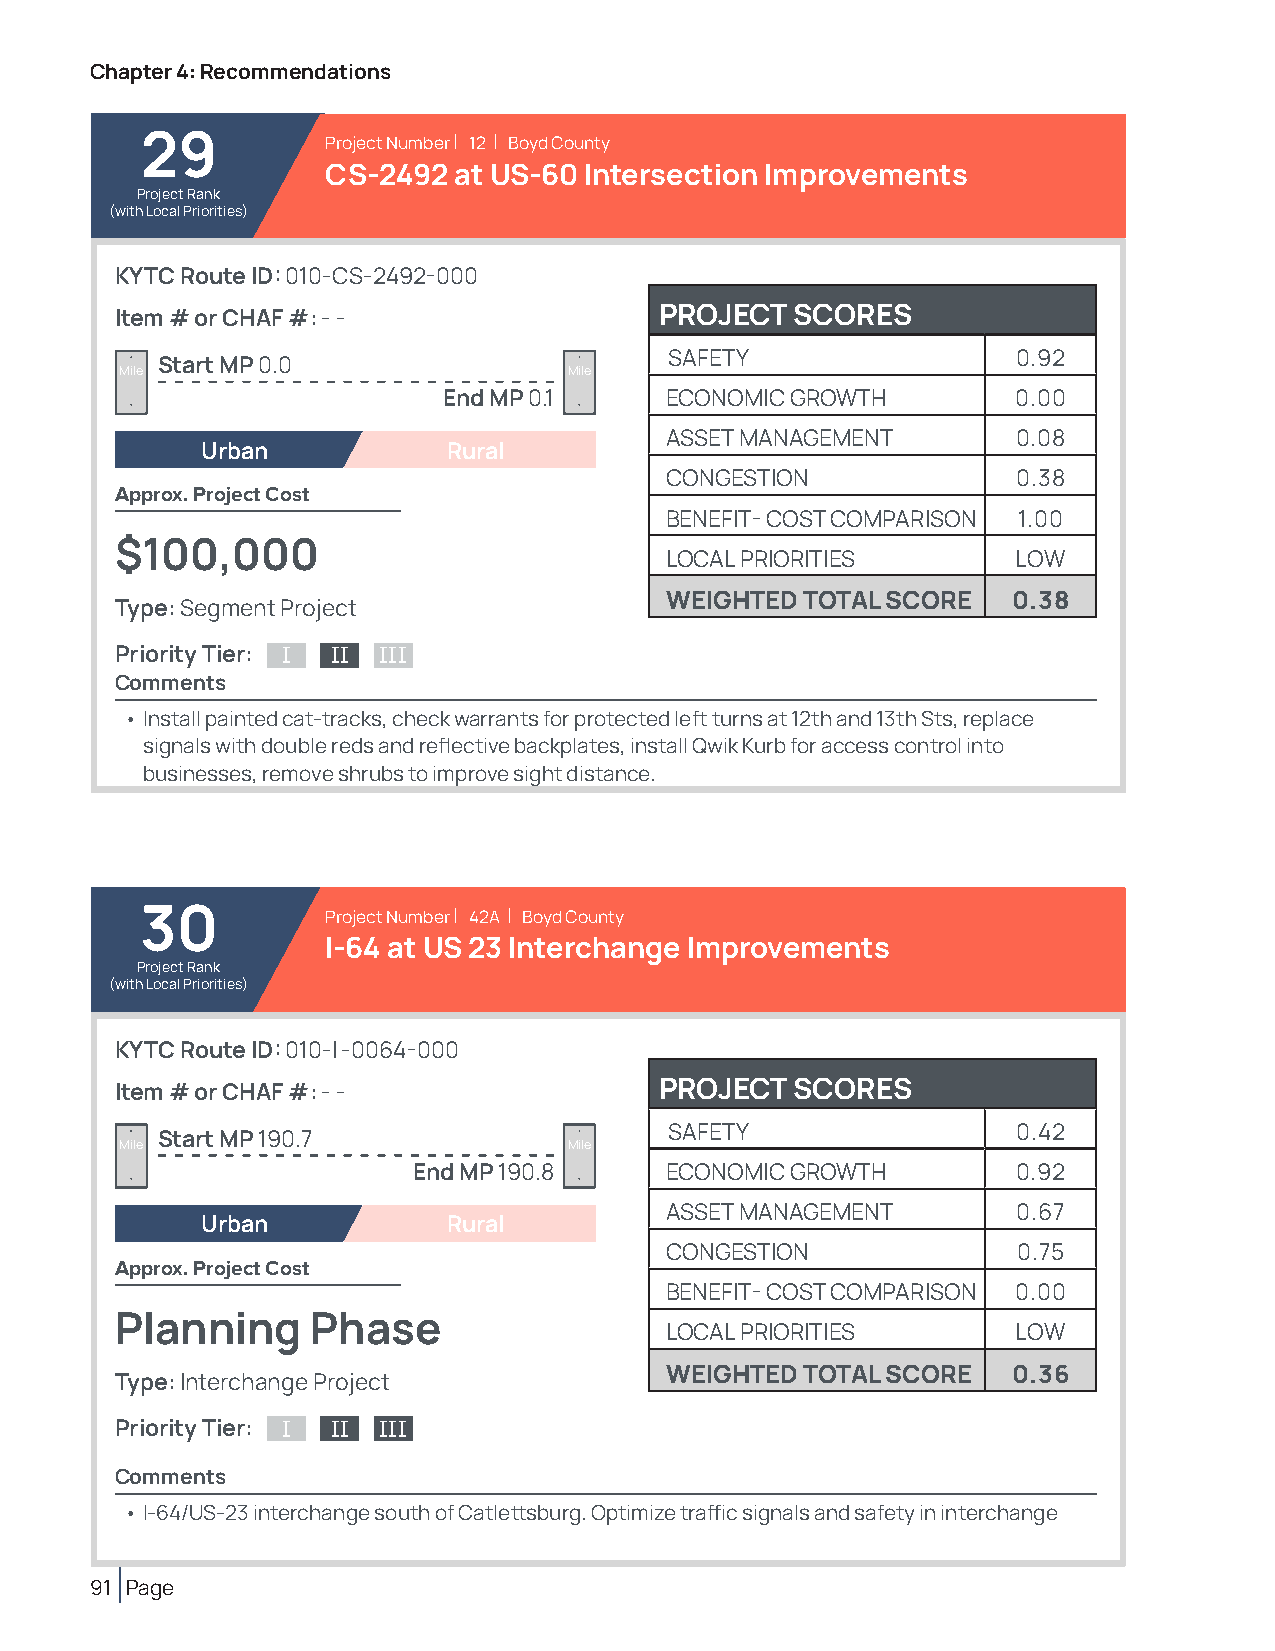
Chapter 4: Recommendations
 29           Project Number | 12 | Boyd County
 CS-2492 at US-60 Intersection Improvements
 Project Rank
 (with Local Priorities)
 KYTC Route ID: 010-CS-2492-000
 Item # or CHAF #: - -               PROJECT  SCORES
 SAFETY                 0.92
 Start MP 0.0
 Mile                          Mile
 End MP 0.1     ECONOMIC GROWTH        0.00
 ASSET MANAGEMENT       0.08
 Urban            Rural
 CONGESTION             0.38
 Approx. Project Cost
 BENEFIT- COST COMPARISON 1.00
 $100,000
 LOCAL PRIORITIES       LOW
 WEIGHTED TOTAL SCORE   0.38
 Type: Segment Project
 Priority Tier: I II III
 Comments
 • Install painted cat-tracks, check warrants for protected left turns at 12th and 13th Sts, replace
 signals with double reds and reflective backplates, install Qwik Kurb for access control into
 businesses, remove shrubs to improve sight distance.
 30           Project Number | 42A | Boyd County
 I-64 at US 23 Interchange Improvements
 Project Rank
 (with Local Priorities)
 KYTC Route ID: 010-I -0064-000
 Item # or CHAF #: - -               PROJECT  SCORES
 SAFETY                 0.42
 Start MP 190.7
 Mile                          Mile
 End MP 190.8     ECONOMIC GROWTH        0.92
 ASSET MANAGEMENT       0.67
 Urban            Rural
 CONGESTION             0.75
 Approx. Project Cost
 BENEFIT- COST COMPARISON 0.00
 Planning     Phase
 LOCAL PRIORITIES       LOW
 WEIGHTED TOTAL SCORE   0.36
 Type: Interchange Project
 Priority Tier: I II III
 Comments
 • I-64/US-23 interchange south of Catlettsburg. Optimize traffic signals and safety in interchange
 91 Page